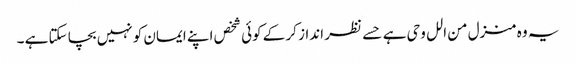
یہ وہ منزل من الل وحی ہے حسے نظر انداز کر کے کوئی شخص اپنے ایمان کو نہیں بچا سکتا ہے ۔